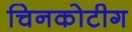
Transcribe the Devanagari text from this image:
चिनकोटीग